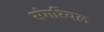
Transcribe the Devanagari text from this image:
संगरियल